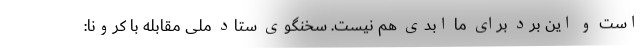
است و این برد برای ما ابدی هم نیست. سخنگوی ستاد ملی مقابله با کرونا: